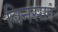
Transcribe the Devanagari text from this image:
बिनसार